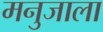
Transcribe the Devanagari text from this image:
मनुजाला